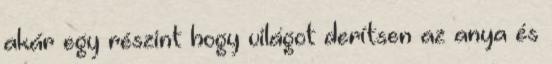
akár egy részint hogy világot derítsen az anya és